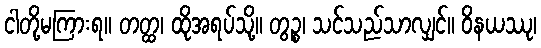
ငါတို့မကြားရ။ တတ္ထ၊ ထိုအရပ်သို့။ တွဉ္စ၊ သင်သည်သာလျှင်။ ဝိနယဿု၊